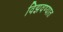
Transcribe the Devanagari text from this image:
विझवण्यात